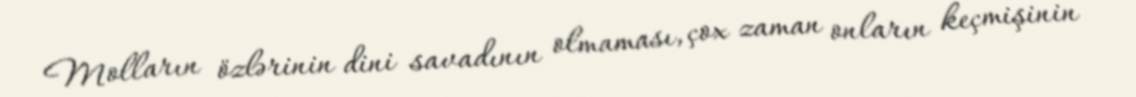
Molların özlərinin dini savadının olmaması, çox zaman onların keçmişinin